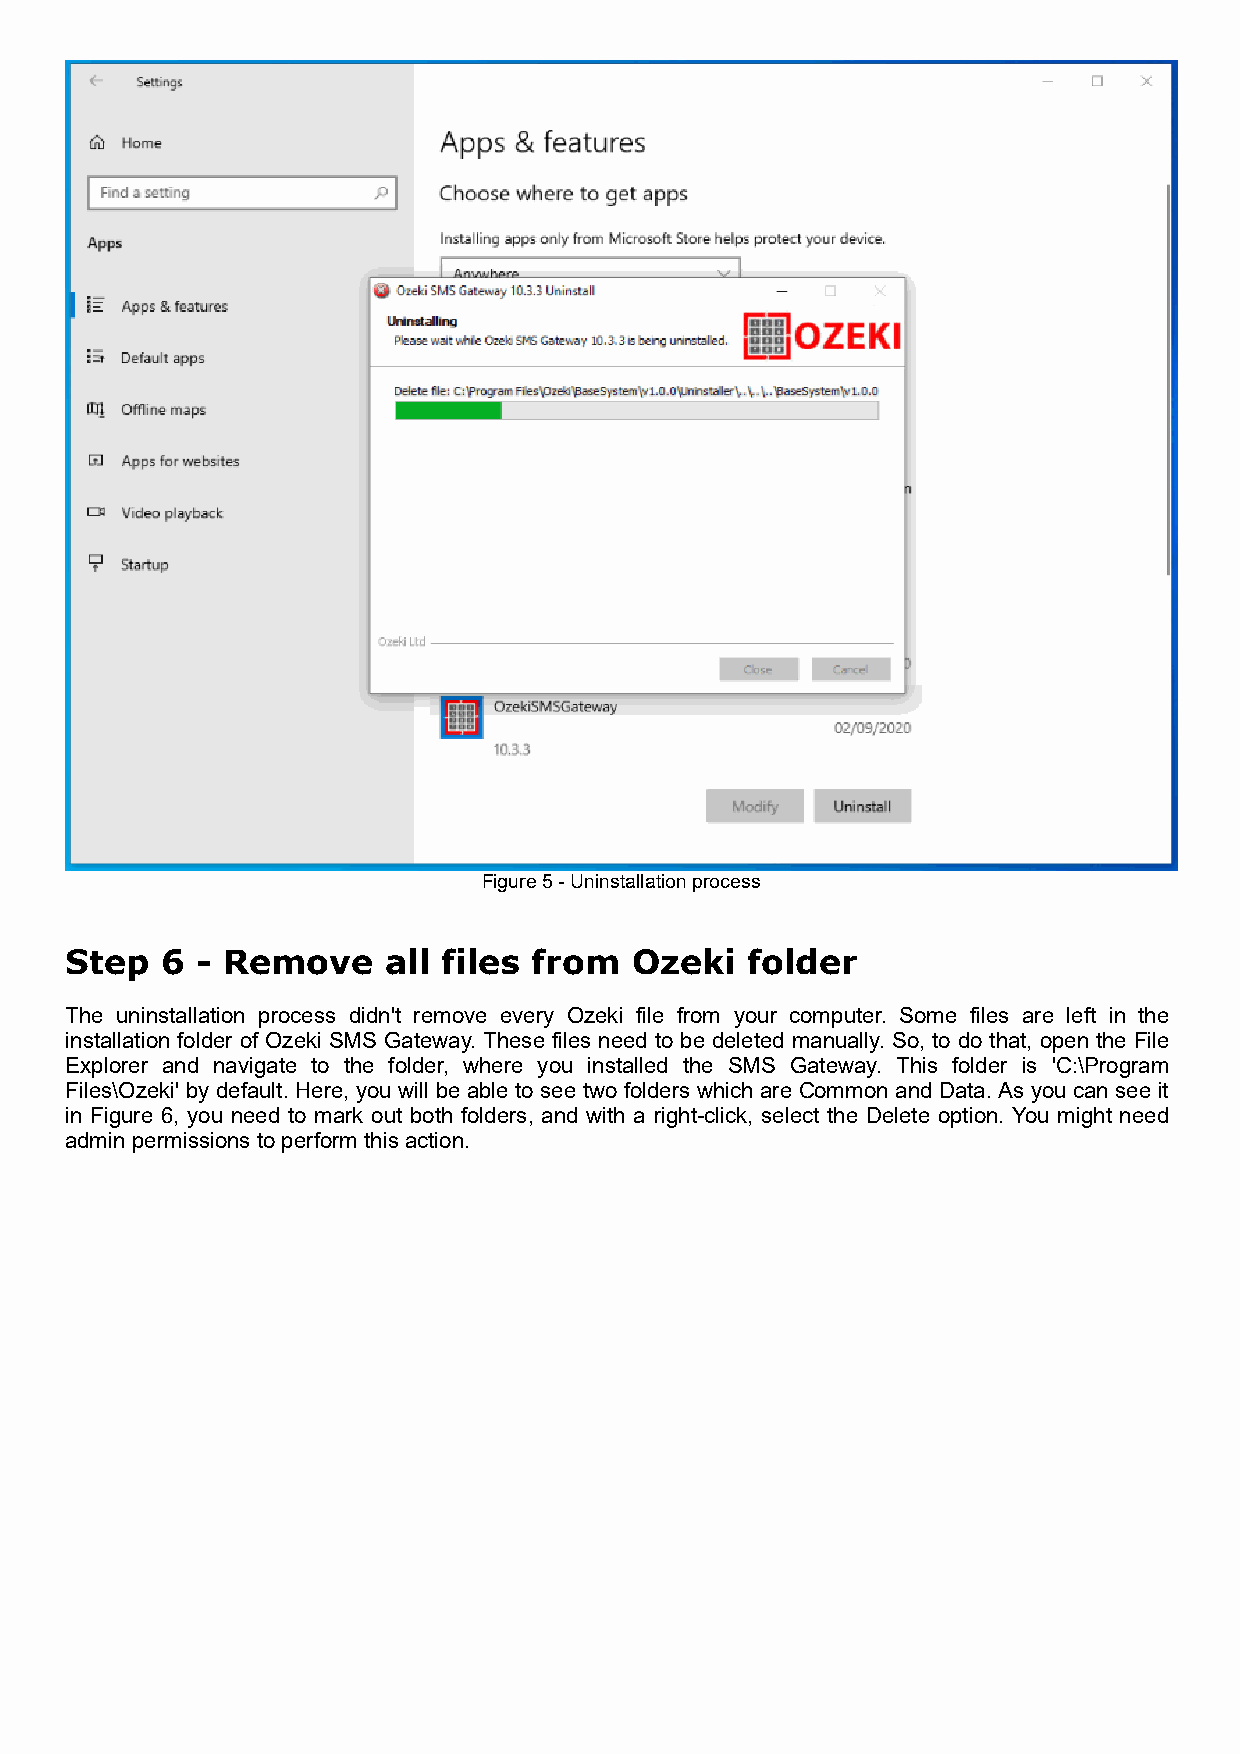
Figure 5 - Uninstallation process
 Step   6 - Remove    all files from   Ozeki  folder
 The uninstallation process didn't remove every Ozeki file from your computer. Some files are left in the
 installation folder of Ozeki SMS Gateway. These files need to be deleted manually. So, to do that, open the File
 Explorer and navigate to the folder, where you installed the SMS Gateway. This folder is 'C:\Program
 Files\Ozeki' by default. Here, you will be able to see two folders which are Common and Data. As you can see it
 in Figure 6, you need to mark out both folders, and with a right-click, select the Delete option. You might need
 admin permissions to perform this action.